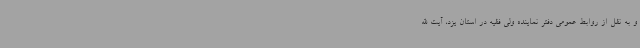
و به نقل از روابط عمومی دفتر نماینده ولی فقیه در استان یزد، آیت الله